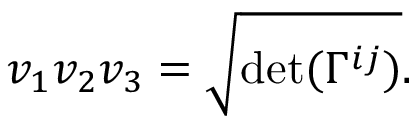
v _ { 1 } v _ { 2 } v _ { 3 } = \sqrt { \mathrm { d e t } ( \Gamma ^ { i j } ) } .